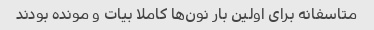
متاسفانه برای اولین بار نون‌ها کاملا بیات و مونده بودند